Document type: Sale
Year: 1235
Scribe: Pere de Bages
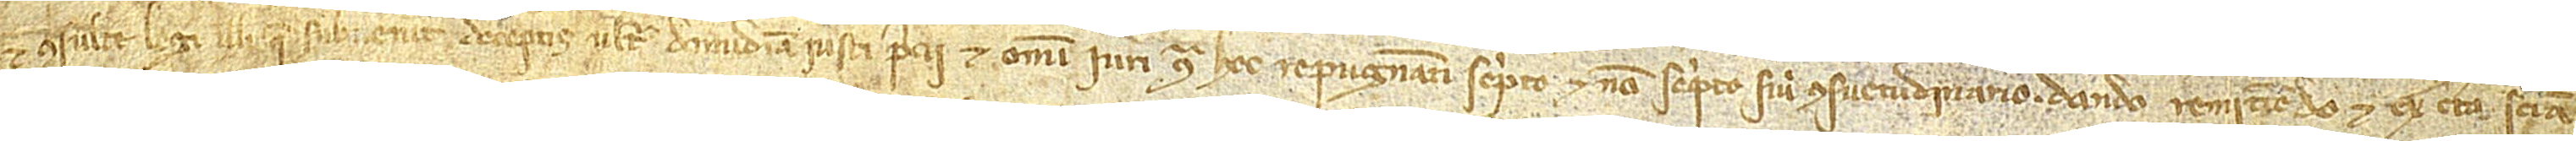
et consulte legi illi que subvenit deceptis ultra dimidiam iusti precii et omni iuri contra hec repugnantibus, scripto et non scripto sive consuetudinario, dando, remitendo et ex certa sciencia